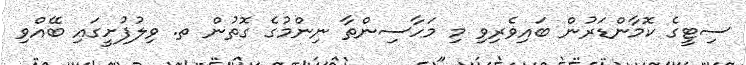
ސިޓީގެ ކޮމާންޑަރުން ބައިވެރިވި މި މަހާސިންތާ ނިންމުގެ ގޮތުން ތ. ވިލުފުށީގައި ބޭއްވި